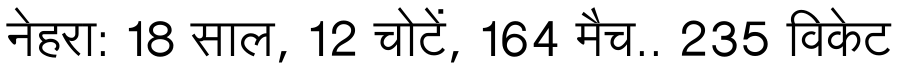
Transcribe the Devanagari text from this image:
नेहरा: 18 साल, 12 चोटें, 164 मैच.. 235 विकेट